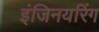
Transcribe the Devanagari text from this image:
इंजिनयरिंग